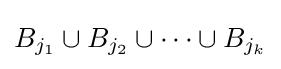
B_{j_{1}}\cup B_{j_{2}}\cup \dots \cup B_{j_{k}}